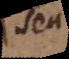
seu